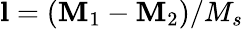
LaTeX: \mathbf{l}=(\mathbf{M}_{1}-\mathbf{M}_{2})/M_{s}